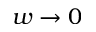
w \to 0